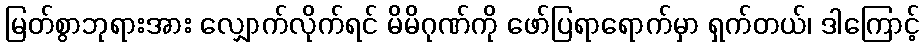
မြတ်စွာဘုရားအား လျှောက်လိုက်ရင် မိမိဂုဏ်ကို ဖော်ပြရာရောက်မှာ ရှက်တယ်၊ ဒါကြောင့်